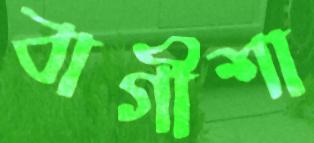
বাগীশা